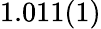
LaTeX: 1.011(1)